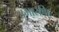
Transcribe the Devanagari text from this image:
उभारणि